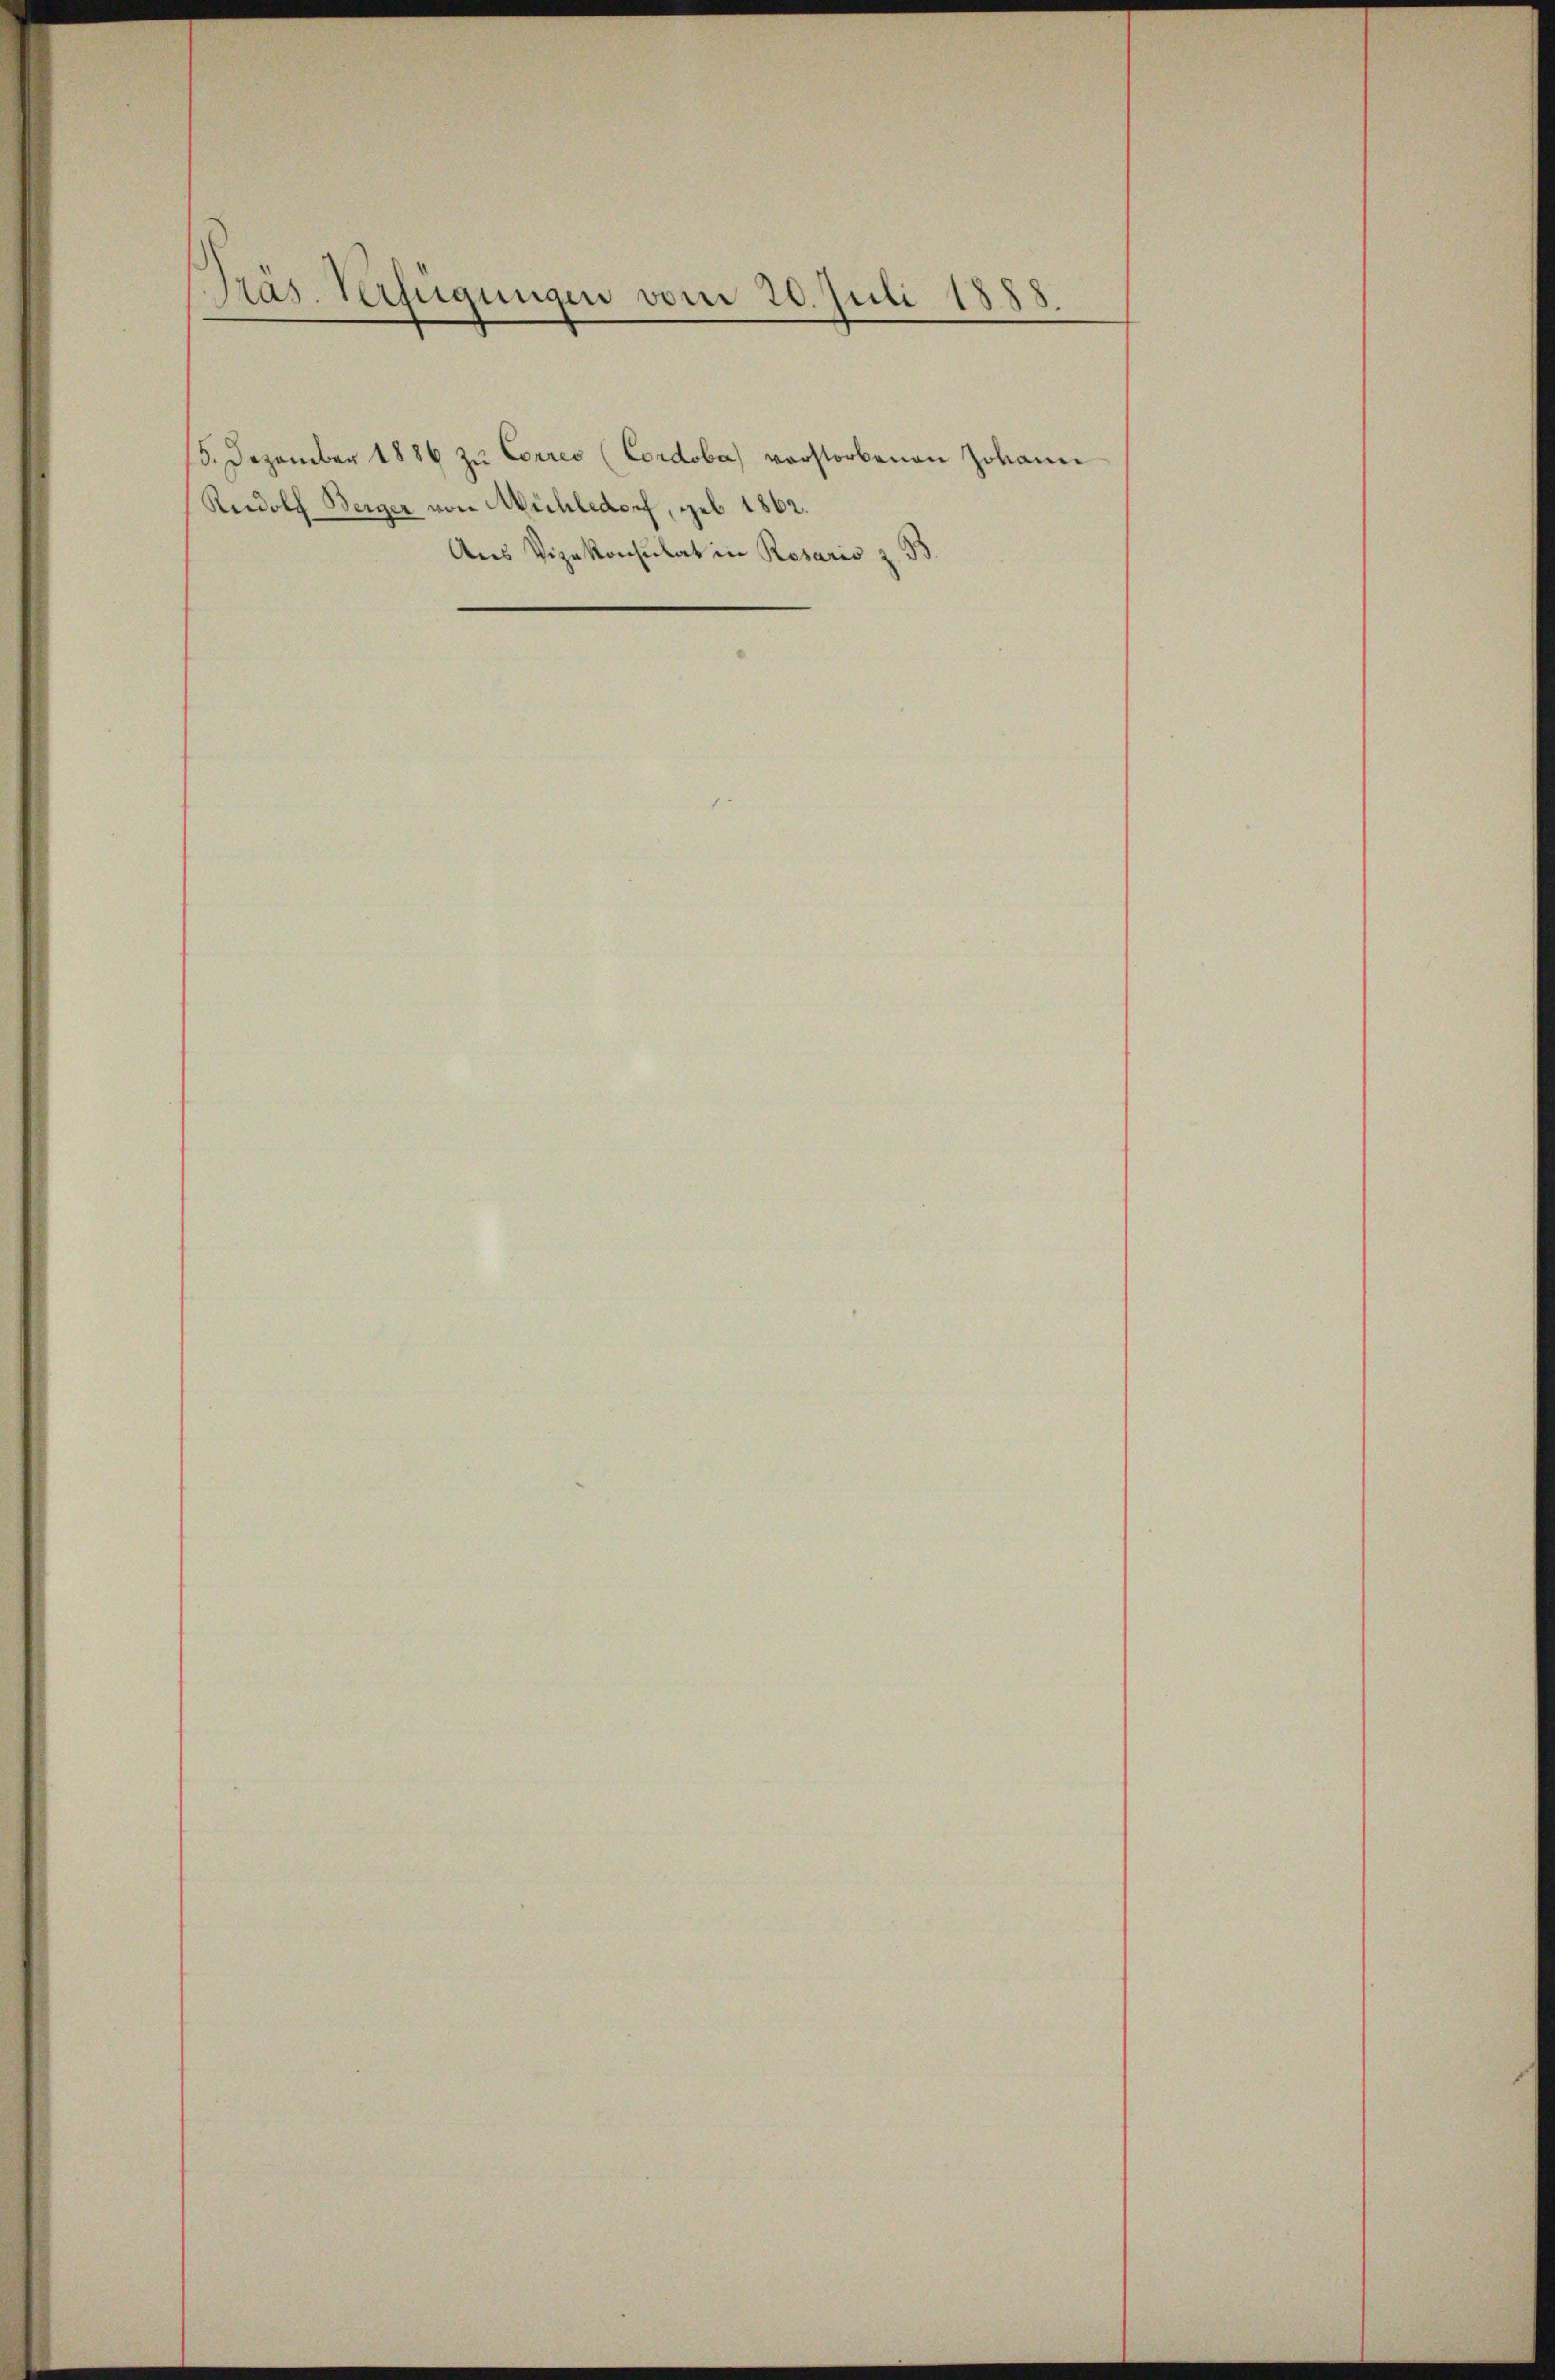
Präs. Verfügungen vom 20. Juli 1885

15. Dezember 1886 zu Corres (Cordoba) vorstorbenen Johann
Reedolf Berger von Mühledorf, geb. 1862.
Aus Vizekonsulat in Resaris z. B